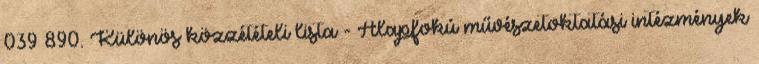
039 890. Különös közzétételi lista - Alapfokú művészetoktatási intézmények